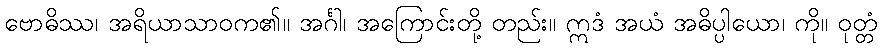
ဗောဓိဿ၊ အရိယာသာဝက၏။ အင်္ဂါ၊ အကြောင်းတို့ တည်း။ ဣဒံ အယံ အဓိပ္ပါယော၊ ကို။ ဝုတ္တံ